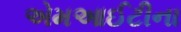
એમઆઈટીના